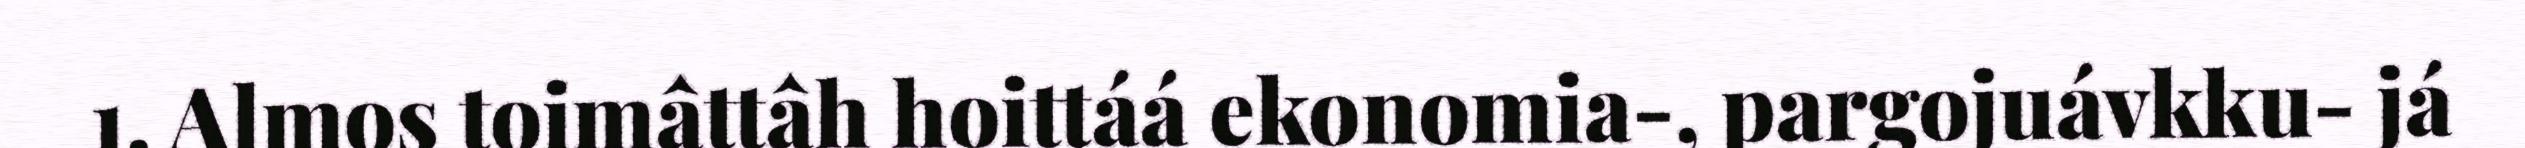
1. Almos toimâttâh hoittáá ekonomia-, pargojuávkku- já